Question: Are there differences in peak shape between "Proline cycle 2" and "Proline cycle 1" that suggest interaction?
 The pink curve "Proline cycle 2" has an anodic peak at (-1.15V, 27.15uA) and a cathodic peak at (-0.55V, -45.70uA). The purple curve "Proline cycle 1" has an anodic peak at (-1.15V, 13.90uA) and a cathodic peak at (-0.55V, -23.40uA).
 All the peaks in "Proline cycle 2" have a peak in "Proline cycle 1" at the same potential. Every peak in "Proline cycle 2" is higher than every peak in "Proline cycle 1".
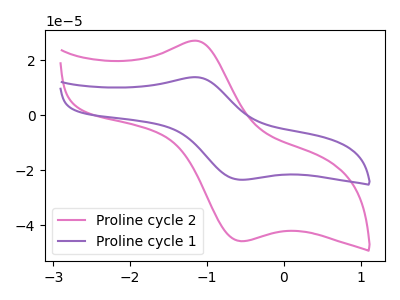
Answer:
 <answer>No, "Proline cycle 2" and "Proline cycle 1" don't appear to be significantly different in shape</answer>
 <eval>no_change</eval>